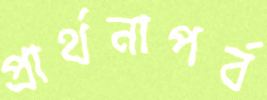
প্রার্থনাপর্ব